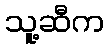
သူ့ဆီက